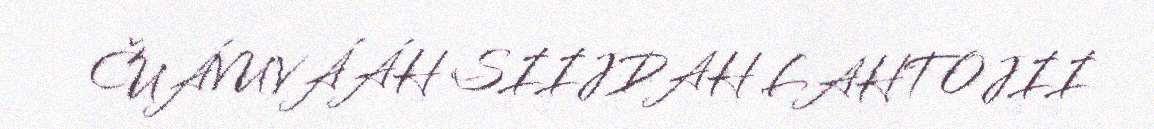
ČUÁVUVÁÁH SIIJDAH LAHTOJII